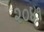
૨૦૪૧